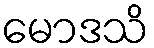
မောဒသိ